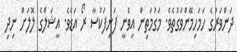
ދަންވަރުގެ ހަމަހިމޭންވަގުތެވެ. މަގުމަތިން އިވެނީ ފަނިފަކުސާ ރޯ އަޑެވެ. އީޝަލްގެ ލޮލަށް ނިދި